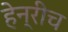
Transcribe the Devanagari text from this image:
हेन्रीच